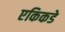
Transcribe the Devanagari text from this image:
एकिकडे